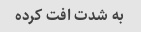
به شدت افت کرده